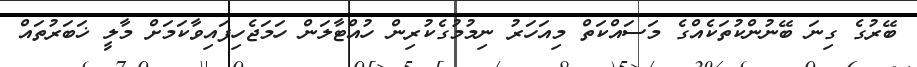
ބޭރުގެ ގިނަ ބޭނުންކުތަކެއްގެ މަސައްކަތް މިއަހަރު ނިމުމުގެކުރިން ހުއްޓާލަން ހަމަޖެހިފައިވާކަމަށް މާލީ ޚަބަރުތައް